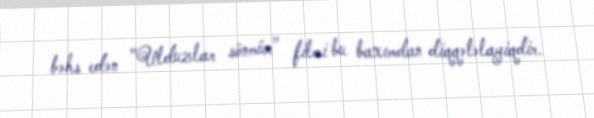
bəhs edən "Ulduzlar sönmür" filmi bu baxımdan diqqətəlayiqdir.